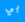
بي